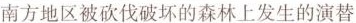
南方地区被砍伐破坏的森林上发生的演替